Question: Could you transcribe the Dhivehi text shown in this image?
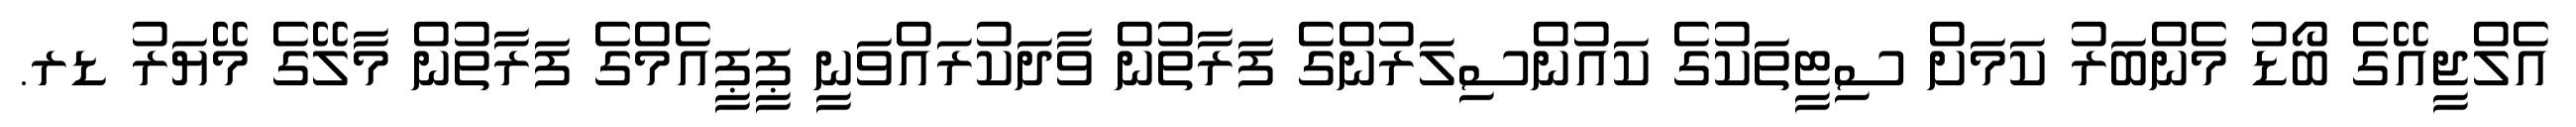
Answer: އެލްޖީއޭގެ ބޯޑު މެންބަރު ކަމަށް ސިޓީތަކުގެ ކައުންސިލަރުންގެ ފަރާތުން ވާދަކުރައްވަނީ ޕީޕީއެމްގެ ފަރާތުން މާލޭގެ މޭޔަރު ޑރ.